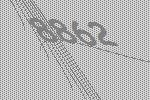
8862